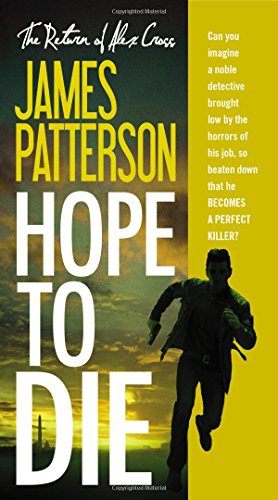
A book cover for Hope to Die (Alex Cross); James Patterson; Mystery, Thriller & Suspense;